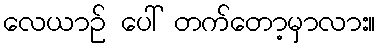
လေယာဉ် ပေါ် တက်တော့မှာလား။